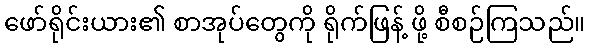
ဖော်ရိုင်းယား၏ စာအုပ်တွေကို ရိုက်ဖြန့် ဖို့ စီစဉ်ကြသည်။